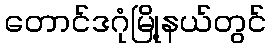
တောင်ဒဂုံမြို့နယ်တွင်